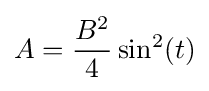
A={\frac {B^{2}}{4}}\sin ^{2}(t)